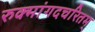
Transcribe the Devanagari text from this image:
रुक्मांगदचरितम्